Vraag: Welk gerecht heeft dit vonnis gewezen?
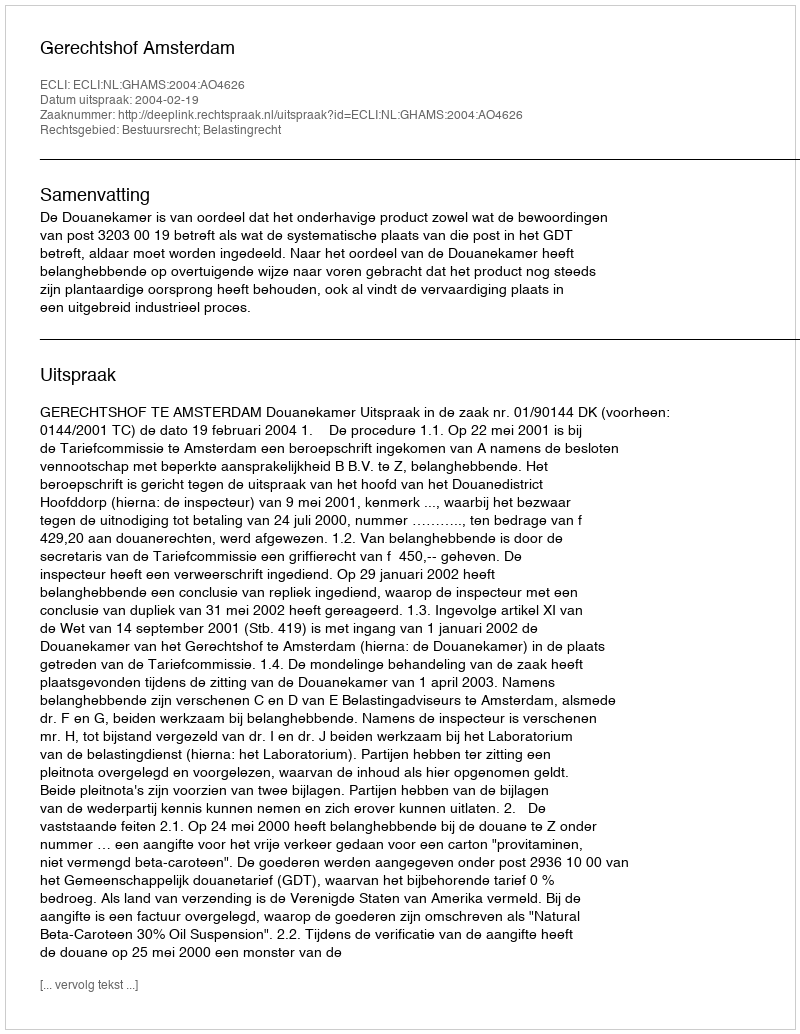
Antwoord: Gerechtshof Amsterdam